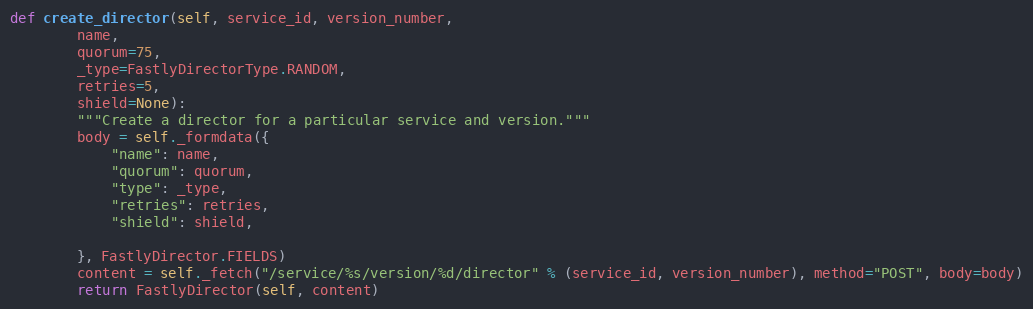
Language: Python
def create_director(self, service_id, version_number,
		name,
		quorum=75,
		_type=FastlyDirectorType.RANDOM,
		retries=5,
		shield=None):
		"""Create a director for a particular service and version."""
		body = self._formdata({
			"name": name,
			"quorum": quorum,
			"type": _type,
			"retries": retries,
			"shield": shield,

		}, FastlyDirector.FIELDS)
		content = self._fetch("/service/%s/version/%d/director" % (service_id, version_number), method="POST", body=body)
		return FastlyDirector(self, content)